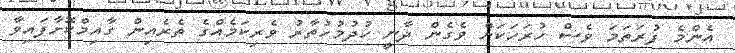
އެންމެ ފުރަތަމަ ވެސް ހުރަހަކަށް ވެގެން ދާނީ ހުދުމުހުތާރު ވެރިކަމެއްގެ ތެރެއިން ގާއިމްކޮށާފައިވާ